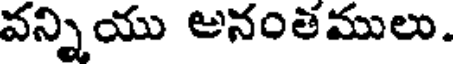
వన్నియు అనంతములు.